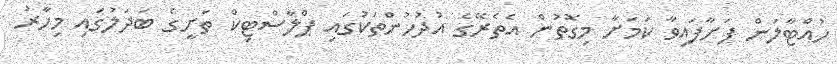
ހުއްޓާލަން ފަށާފައިވާ ކަމަށާ މިގޮތުން އެތެރޭގެ އުދުހުންތަކުގައި ޕްލާސްޓިކް ތަށީގެ ބަދަލުގައި މިހާރު